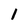
Character: 1